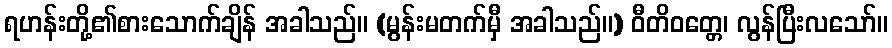
ရဟန်းတို့၏စားသောက်ချိန် အခါသည်။ (မွန်းမတက်မှီ အခါသည်။) ဝီတိဝတ္တေ၊ လွန်ပြီးလသော်။